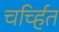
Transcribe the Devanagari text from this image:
चर्च्हित